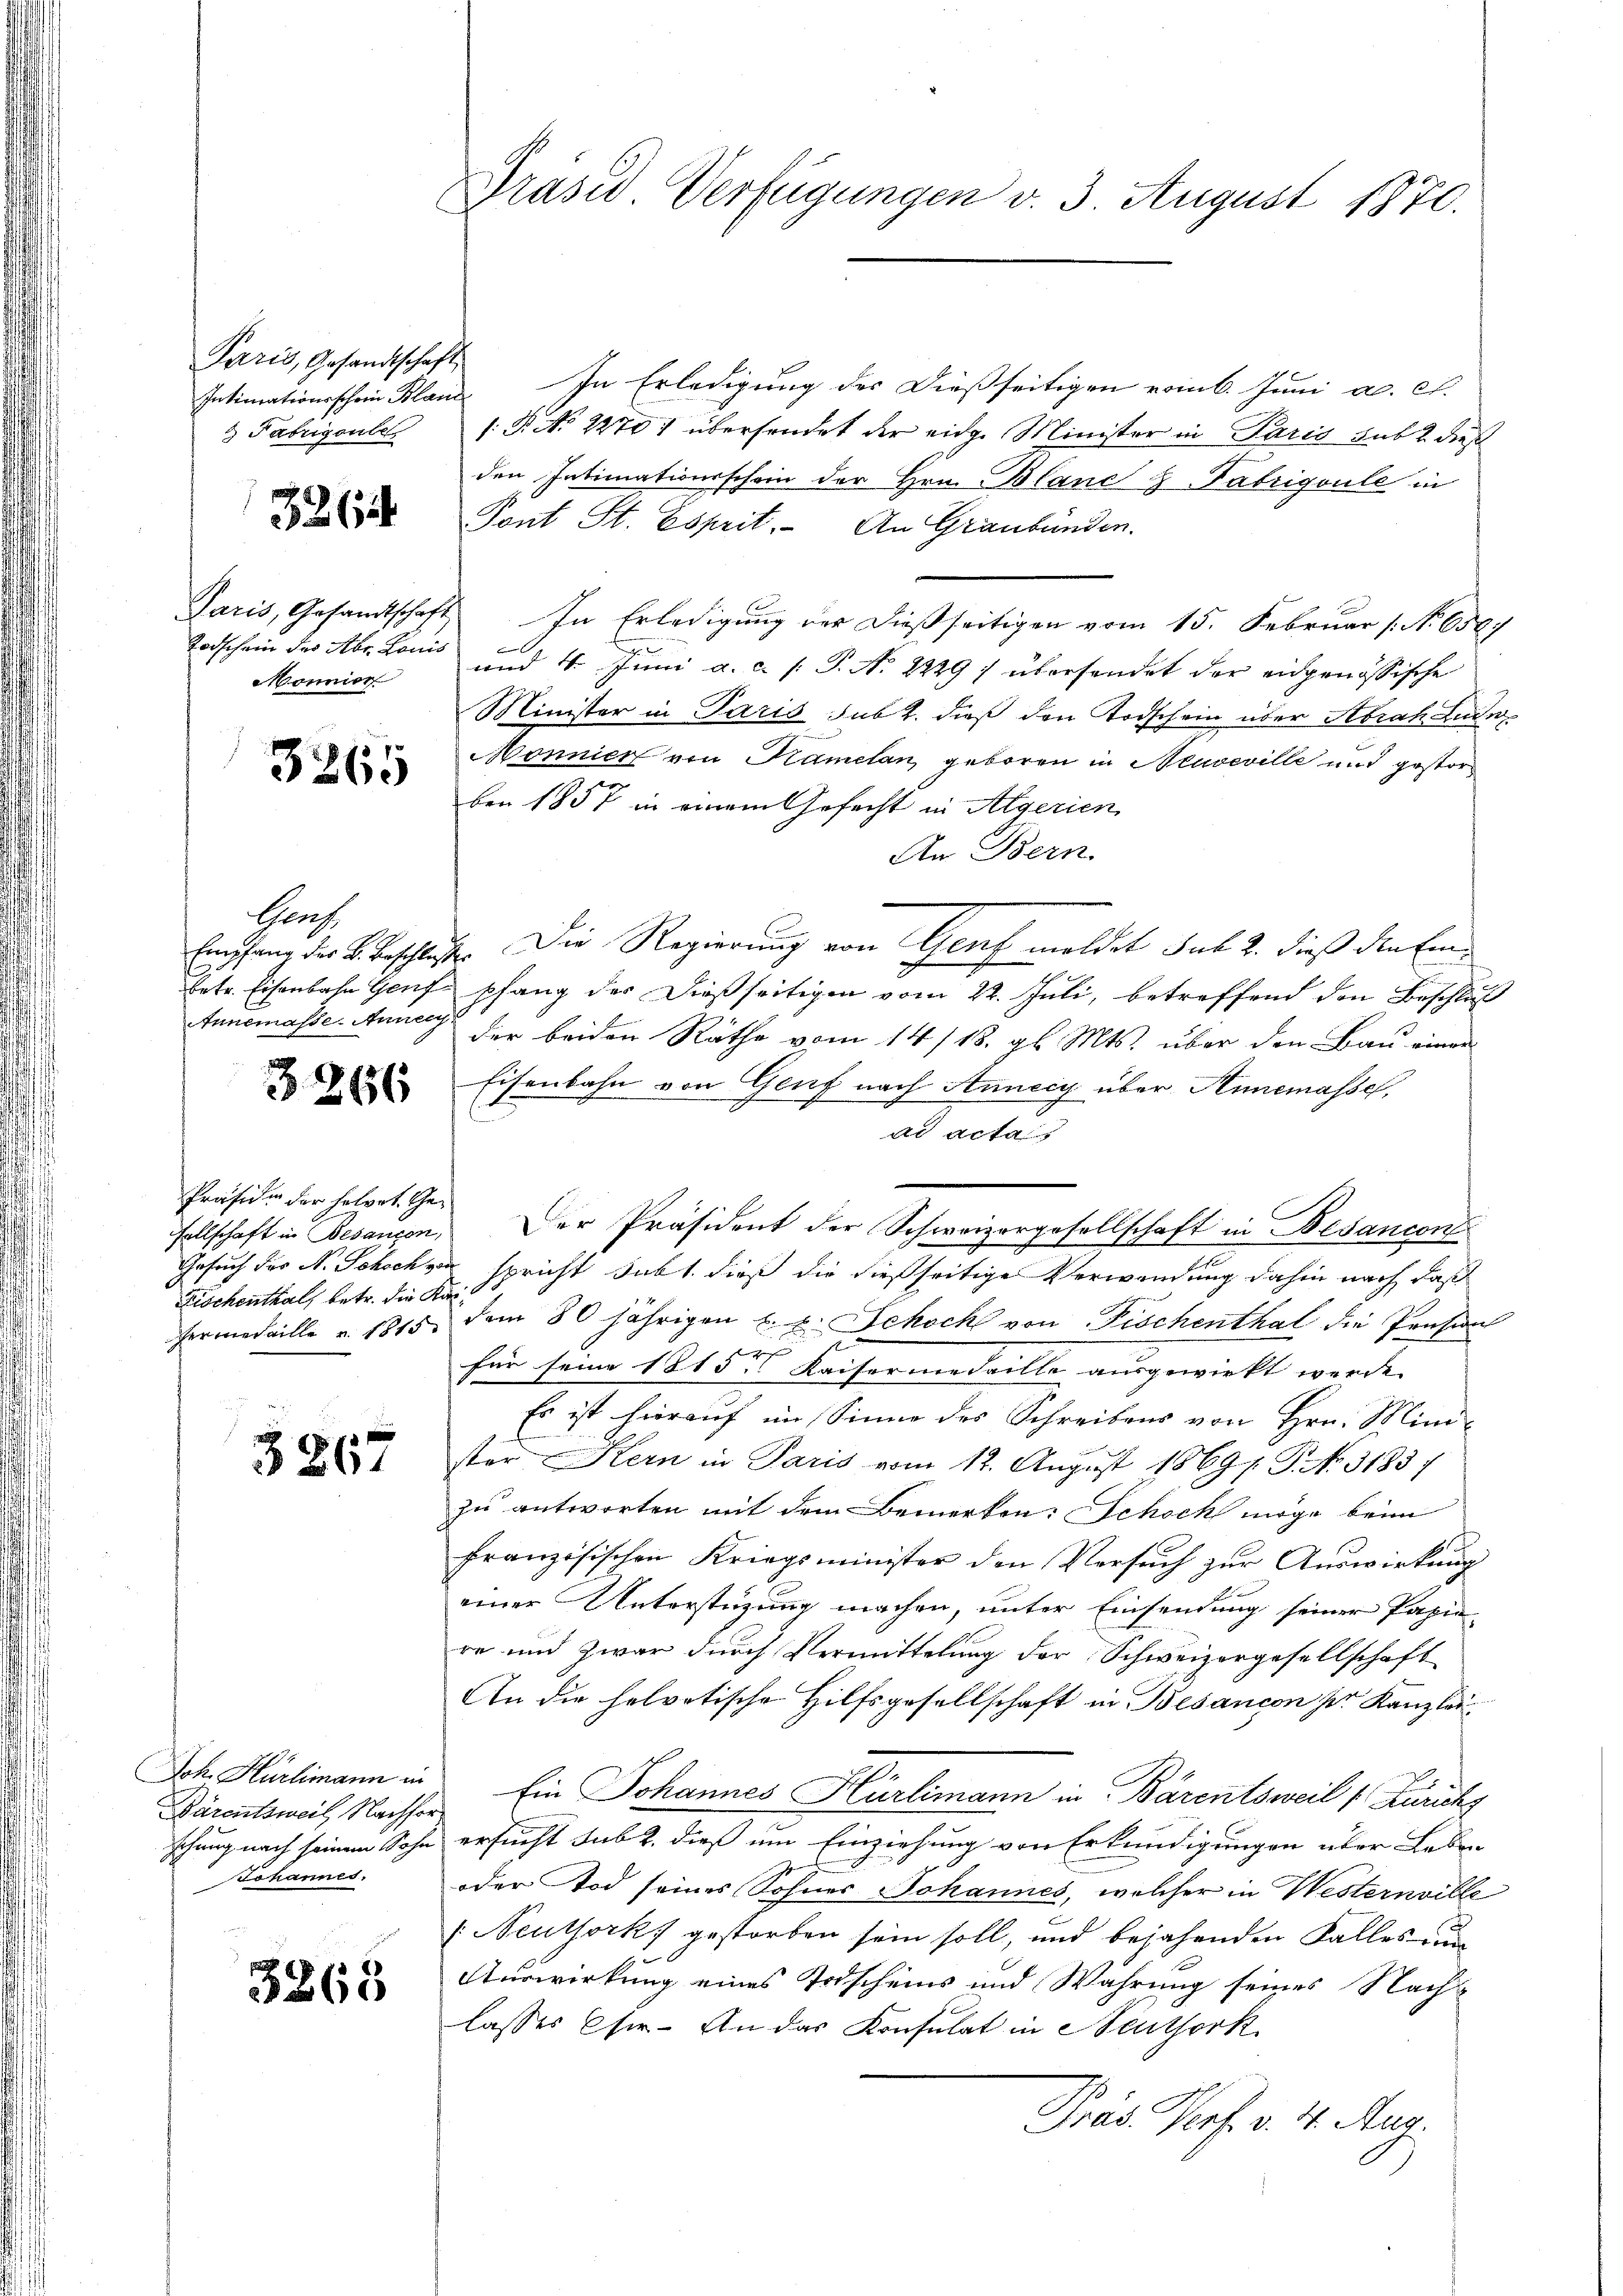
Paris, Gesandtschaft
 Fabrigenbe

326

Mönnier

3265

Sach
Annemasse. Annec

3266

Präsiden der holpot. Ge¬
Fischenthal, betr. die Ka

3267

Joh. Hürlimann in
Bärentsweil Nachfor¬
Johannes.

3265

Präses Verfügungen v. 3. August 1870.

Intimationsschein Bland. In Erledigung des dießseitigen vom 6. Juni a. c.
/. P. No 22701 übersendet der eidg. Minister in Paris subt dieß
den Intimationsschein der Hrn. Blanc & Fabrigoule in
Tont St. Esprit. An Graubünden.
si
Paris, Gesandtschaft In Erledigung der dießseitigen vom 15. Februar (N. 6587
t
Todschein des Abr. Louis und 16. Juni a. c. s. P. Nr. 2229 f übersendet der eidgenössische
Minister in Paris sub 2. dieß den Todschein über Abrah Lude
Mönnier von Kamelan geboren in Neuveville und gestorben 1857 in einem Gefecht in Algerien
An Bern.
E.
Empfang der B. Beschluss. Die Regierung von Genf moldet sub. 2. dieß den Einbetr. Eisenbahn Genf pfang der dießseitigen vom 22. Juli, betreffend den Beschluß
der beiden Räthe vom 14/18. gl. Mts. über den Bau einer
Eisenbahn von Genf nach Anneiy über Annemasse,
ad acta
sellschaft in Besangen, Der Präsident der Schweizergesellschaft in Besancon
Gesuch der N. Schoch von spricht subt. dieß die dießseitige Verwendung dahin nach daß
Hermedaille u. 1815. dem 80 jährigen E. u. Schoch von Fischenthal die Pension
für seine 1815 Kaisermedaille ausgewirkt werde. |
Es ist hierauf im Sinne des Schreibens von Hrn. Mini-
ster Kern in Paris vom 12. August 18697. P. No. 3183)
zu antworten mit dem Bemerken: Schoch möge beim
französischen Kriegsminister den Versuch zur Auswirkung
einer Unterstüzung machen, unter Einsendung seiner Papie-
re und zwar durch Vermittelung der Schweizergesellschaft
An die helvetische Hilfsgesellschaft in Besancon pr. Kanzlei
Ein Johannes Hürlimann in Bärentsweil (Zürichs
schung nach seinem Sohn ersucht sub 2. dieß um Einziehung von Erkundigungen über Leben
oder Tod seines Sohnes Johannes, welcher in Westernville
(Neuthorks gestorben sein soll, und bejahenden Falles un
Auswirkung eines Todscheins und Wahrung seines Nach-
lasses Chir. An das Konsulat in Neuthork
Fräs Prof. v. 4. Aug.